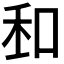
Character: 𠲆